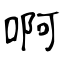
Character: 啊